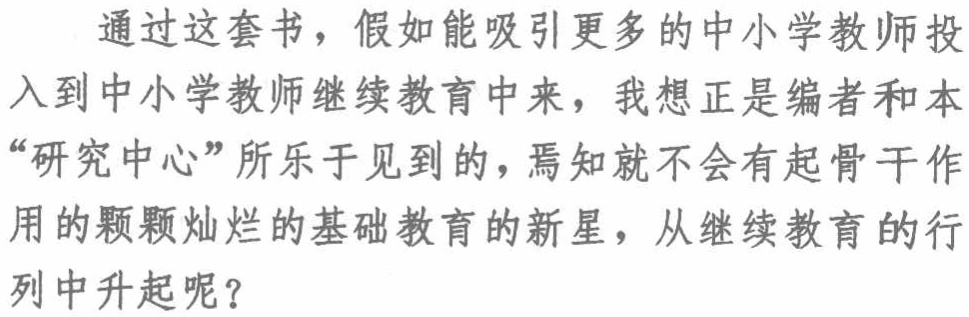
通过这套书，假如能吸引更多的中小学教师投入到中小学教师继续教育中来，我想正是编者和本“研究中心”所乐于见到的，焉知就不会有起骨干作用的颗颗灿烂的基础教育的新星，从继续教育的行列中升起呢？